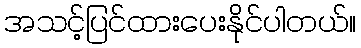
အသင့်ပြင်ထားပေးနိုင်ပါတယ်။